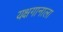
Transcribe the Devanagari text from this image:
यक्षगानाला